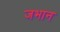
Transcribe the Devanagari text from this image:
जभान